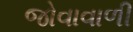
જોવાવાળી